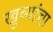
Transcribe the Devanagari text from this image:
खुब्यांचा